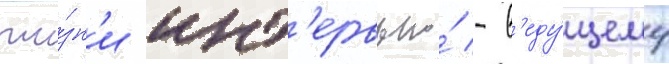
жи́зн'и инт'ервью́ - в'еду́щему